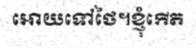
អោយទៅថៃ។ខ្ញុំកើត